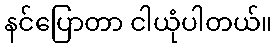
နင်ပြောတာ ငါယုံပါတယ်။